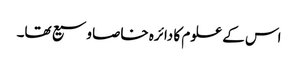
اس کے علوم کا دائرہ خاصا وسیع تھا۔